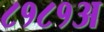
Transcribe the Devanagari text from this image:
८१८१अ